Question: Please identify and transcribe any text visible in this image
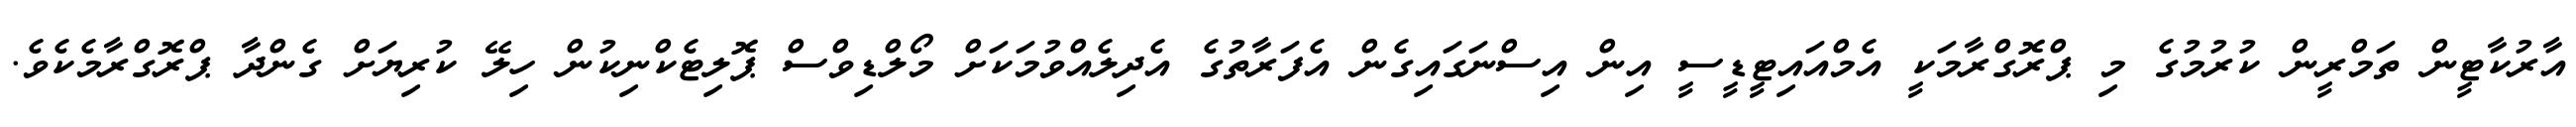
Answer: އާރުކާޓީން ތަމްރީން ކުރުމުގެ މި ޕްރޮގްރާމަކީ އެމްއައިޓީޑީސީ އިން އިސްނަގައިގެން އެފަރާތުގެ އެދިލެއްވުމަކަށް މޯލްޑިވްސް ޕޮލިޓެކްނިކުން ހިލޭ ކުރިޔަށް ގެންދާ ޕްރޮގްރާމެކެވެ.